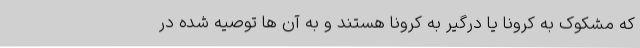
که مشکوک به کرونا یا درگیر به کرونا هستند و به آن ها توصیه شده در